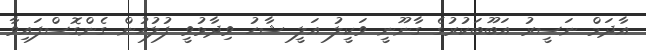
އާދަމް ނަސީރު އަބޫބަކުރުގެ ގާނޫނީ ވަކީލު އަލީ ޝާހު ވިދާޅުވީ ފުލުހުން ގެންގޮސްފައިވާ